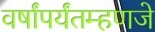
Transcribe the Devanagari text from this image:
वर्षांपर्यंतम्हणजे